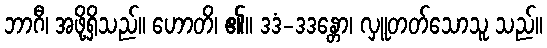
ဘာဂီ၊ အဖို့ရှိသည်။ ဟောတိ၊ ၏။ ဒဒံ-ဒဒန္တော၊ လှူတတ်သောသူ သည်။